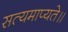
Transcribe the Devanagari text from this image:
सत्यमाप्यते॥